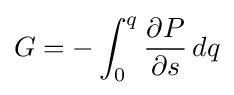
G=-\int _{0}^{q}{\frac {\partial P}{\partial s}}\,dq